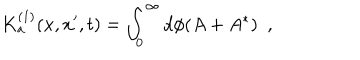
K _ { \bf a } ^ { ( 1 ) } ( x , x ^ { \prime } , t ) = \int _ { 0 } ^ { \infty } d \phi ( A + A ^ { * } ) ~ ~ ,